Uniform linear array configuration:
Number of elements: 32
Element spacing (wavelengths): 0.5
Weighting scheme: uniform
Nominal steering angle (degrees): -30
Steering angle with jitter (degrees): -30.527
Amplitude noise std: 0.05
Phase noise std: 0.05

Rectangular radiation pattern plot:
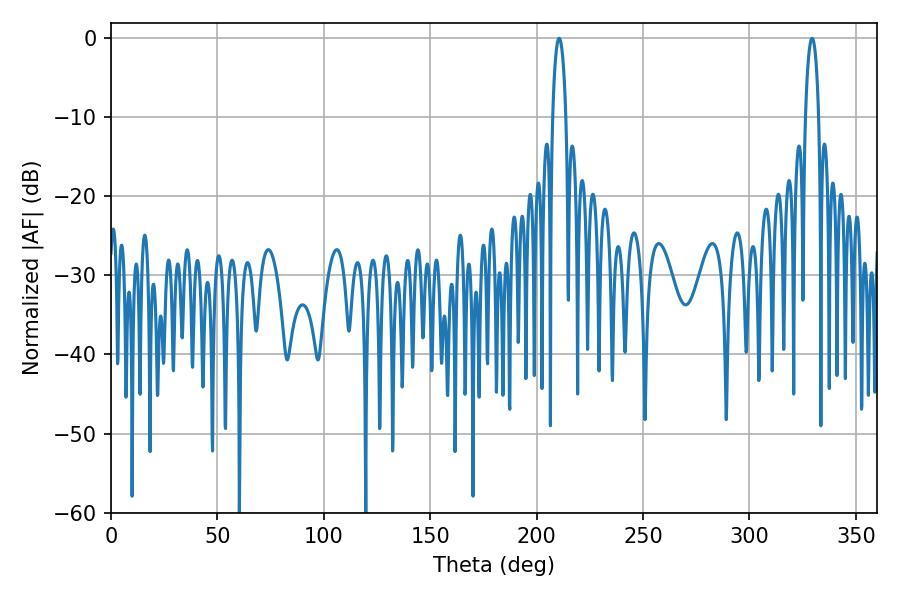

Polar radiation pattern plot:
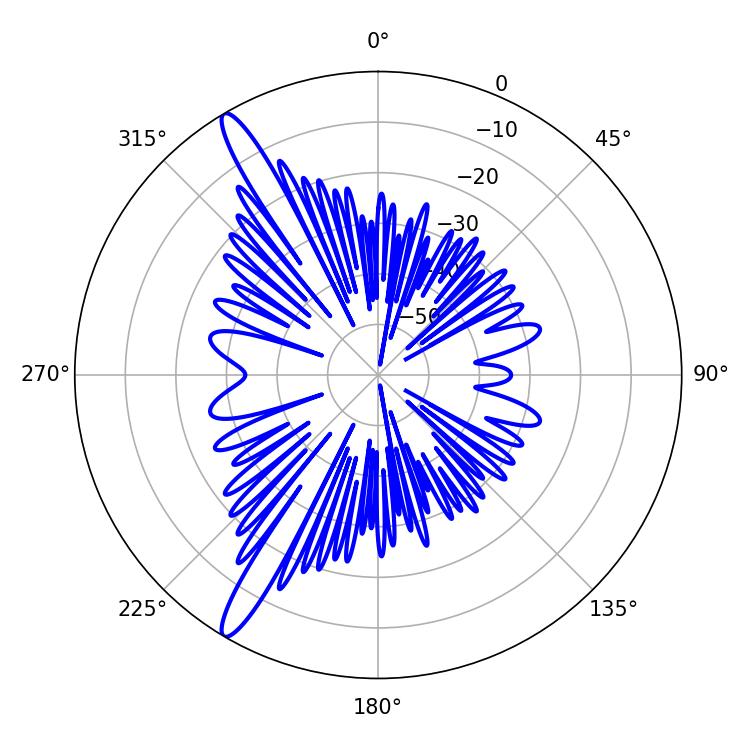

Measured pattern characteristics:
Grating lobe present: FALSE
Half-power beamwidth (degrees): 3.6
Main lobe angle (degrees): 210.6